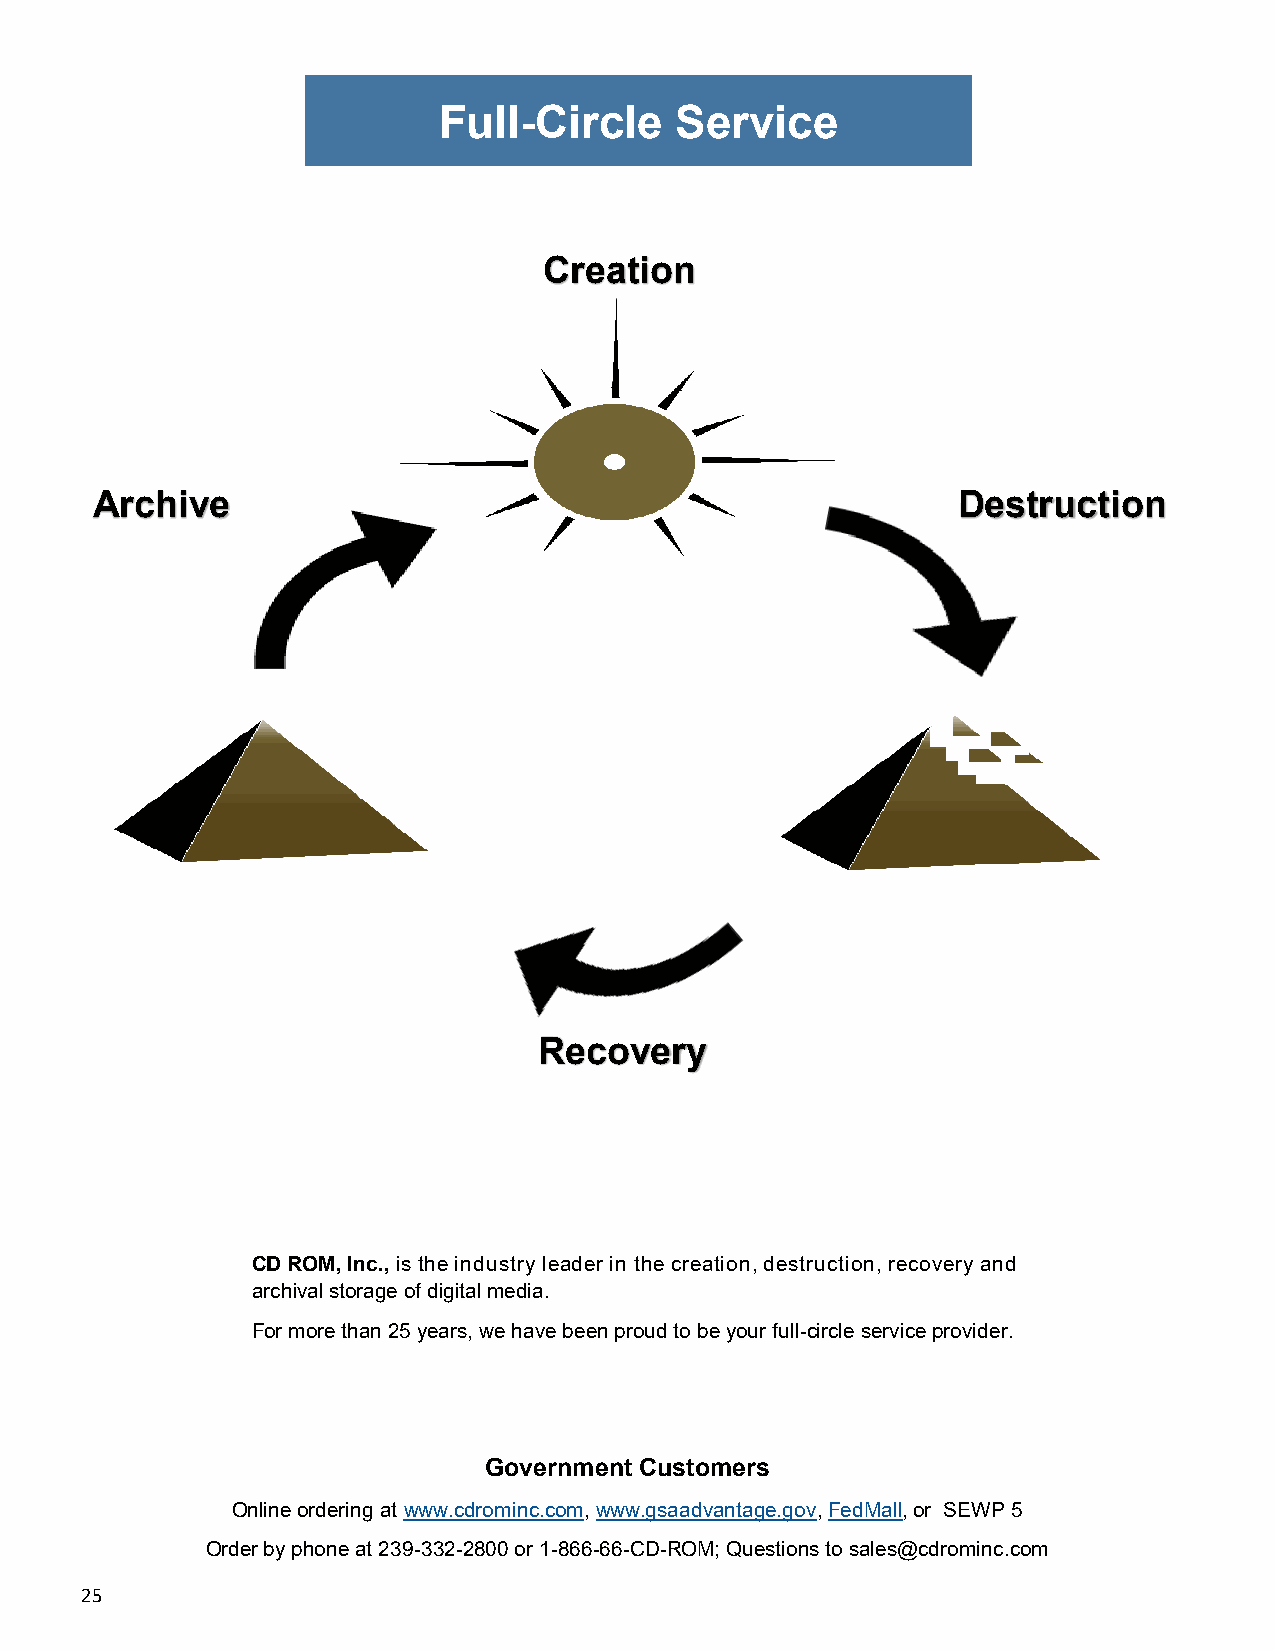
Full-Circle     Service
 Creation
 Archive                                                  Destruction
 Recovery
 CD ROM, Inc., is the industry leader in the creation, destruction, recovery and
 archival storage of digital media.
 For more than 25 years, we have been proud to be your full-circle service provider.
 Government Customers
 Online ordering at www.cdrominc.com, www.gsaadvantage.gov, FedMall, or SEWP 5
 Order by phone at 239-332-2800 or 1-866-66-CD-ROM; Questions to sales@cdrominc.com
 25